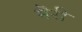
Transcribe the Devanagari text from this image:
मॆरी